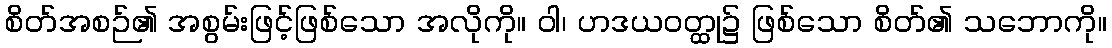
စိတ်အစဉ်၏ အစွမ်းဖြင့်ဖြစ်သော အလိုကို။ ဝါ၊ ဟဒယဝတ္ထု၌ ဖြစ်သော စိတ်၏ သဘောကို။